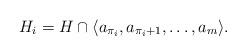
LaTeX: \begin{align*}H_{i} = H\cap \langle a_{\pi_{i}},a_{\pi_{i}+1},\ldots,a_{m}\rangle.\end{align*}